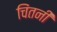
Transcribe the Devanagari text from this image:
चिंतनी